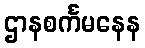
ဌာနစင်္ကမနေန